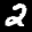
Label: 2